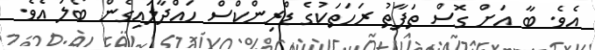
އެވެ. ބާ އަށް ގޮސް ތަފާތު ރަހަތަކުގެ ޑްރިންކްސް ހައްދާލައިގެން ބޯލަ އެވެ.